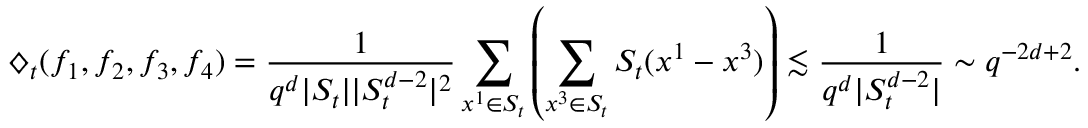
{ \diamondsuit } _ { t } ( f _ { 1 } , f _ { 2 } , f _ { 3 } , f _ { 4 } ) = \frac { 1 } { q ^ { d } | S _ { t } | | S _ { t } ^ { d - 2 } | ^ { 2 } } \sum _ { x ^ { 1 } \in S _ { t } } \left( \sum _ { x ^ { 3 } \in S _ { t } } S _ { t } ( x ^ { 1 } - x ^ { 3 } ) \right) \lesssim \frac { 1 } { q ^ { d } | S _ { t } ^ { d - 2 } | } \sim q ^ { - 2 d + 2 } .